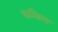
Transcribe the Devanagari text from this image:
फ़ाज़िला